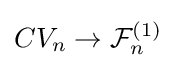
CV_{n}\to {\mathcal {F}}_{n}^{(1)}